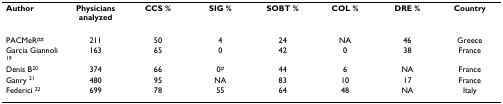
<table><thead><tr><td><b>Author</b></td><td><b>Physicians analyzed</b></td><td><b>CCS %</b></td><td><b>SIG %</b></td><td><b>SOBT %</b></td><td><b>COL %</b></td><td><b>DRE %</b></td><td><b>Country</b></td></tr></thead><tbody><tr><td>PACMeR<sup>##</sup></td><td>211</td><td>50</td><td>4</td><td>24</td><td>NA</td><td>46</td><td>Greece</td></tr><tr><td>Garcia Giannoli <sup>19</sup></td><td>163</td><td>65</td><td>0</td><td>42</td><td>0</td><td>38</td><td>France</td></tr><tr><td>Denis B<sup>20</sup></td><td>374</td><td>66</td><td>0<sup>#</sup></td><td>44</td><td>6</td><td>NA</td><td>France</td></tr><tr><td>Ganry <sup>21</sup></td><td>480</td><td>95</td><td>NA</td><td>83</td><td>10</td><td>17</td><td>France</td></tr><tr><td>Federici <sup>22</sup></td><td>699</td><td>78</td><td>55</td><td>64</td><td>48</td><td>NA</td><td>Italy</td></tr></tbody></table>